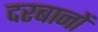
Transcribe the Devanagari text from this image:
दरबानों